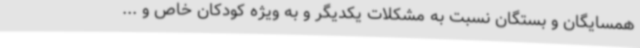
همسایگان و بستگان نسبت به مشکلات یکدیگر و به ویژه کودکان خاص و ...